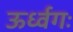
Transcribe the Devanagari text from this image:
ऊर्ध्वगः